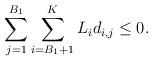
LaTeX: \begin{align*}\sum\limits_{j=1}^{B_{1}}\sum\limits_{i=B_{1}+1}^{K} {L}_i d_{i,j} \leq 0. \end{align*}